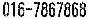
016-7867868